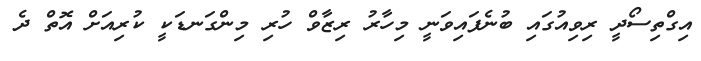
އިގްތިސޯދީ ރިވިއުގައި ބުނެފައިވަނީ މިހާރު ރިޒާވް ހުރި މިންގަނޑަކީ ކުރިއަށް އޮތް ދެ